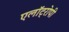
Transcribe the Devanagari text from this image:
एलॉट्रोपी